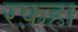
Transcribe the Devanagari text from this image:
रफ़हा